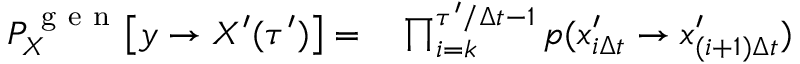
\begin{array} { r l } { P _ { X } ^ { \mathrm { ~ g ~ e ~ n ~ } } \bigl [ y \to X ^ { \prime } ( \tau ^ { \prime } ) \bigr ] = } & { { } \prod _ { i = k } ^ { \tau ^ { \prime } / \Delta t - 1 } p ( x _ { i \Delta t } ^ { \prime } \to x _ { ( i + 1 ) \Delta t } ^ { \prime } ) } \end{array}